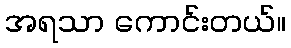
အရသာ ကောင်းတယ်။